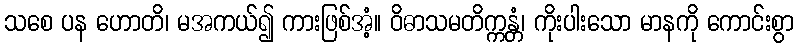
သစေ ပန ဟောတိ၊ မအကယ်၍ ကားဖြစ်အံ့။ ဝိဓာသမတိက္ကန္တံ၊ ကိုးပါးသော မာနကို ကောင်းစွာ